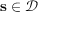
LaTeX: \mathbf { s } \in { \mathcal { D } }